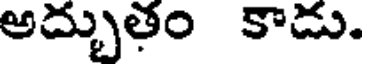
అద్భుతం కాడు.